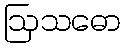
ဩသဓော